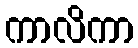
ကာလိကာ